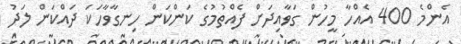
އެންމެ 400 އެއްހާ މީހުން ގަވާއިދަށް ފެއްތުމުގެ ކަންކަން ހިނގާވާހަކަ ދައްކަން ލަދު